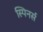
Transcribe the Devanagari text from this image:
स्पिनर्स